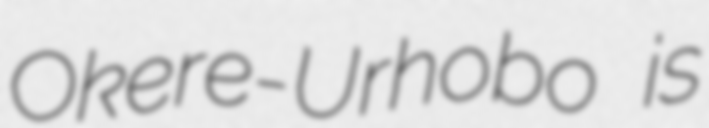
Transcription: Okere-Urhobo is